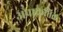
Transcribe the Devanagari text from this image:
अप्राक्रतिक